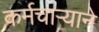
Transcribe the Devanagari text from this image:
कर्मचार्‍याने